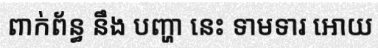
ពាក់ព័ន្ធ នឹង បញ្ហា នេះ ទាមទារ អោយ